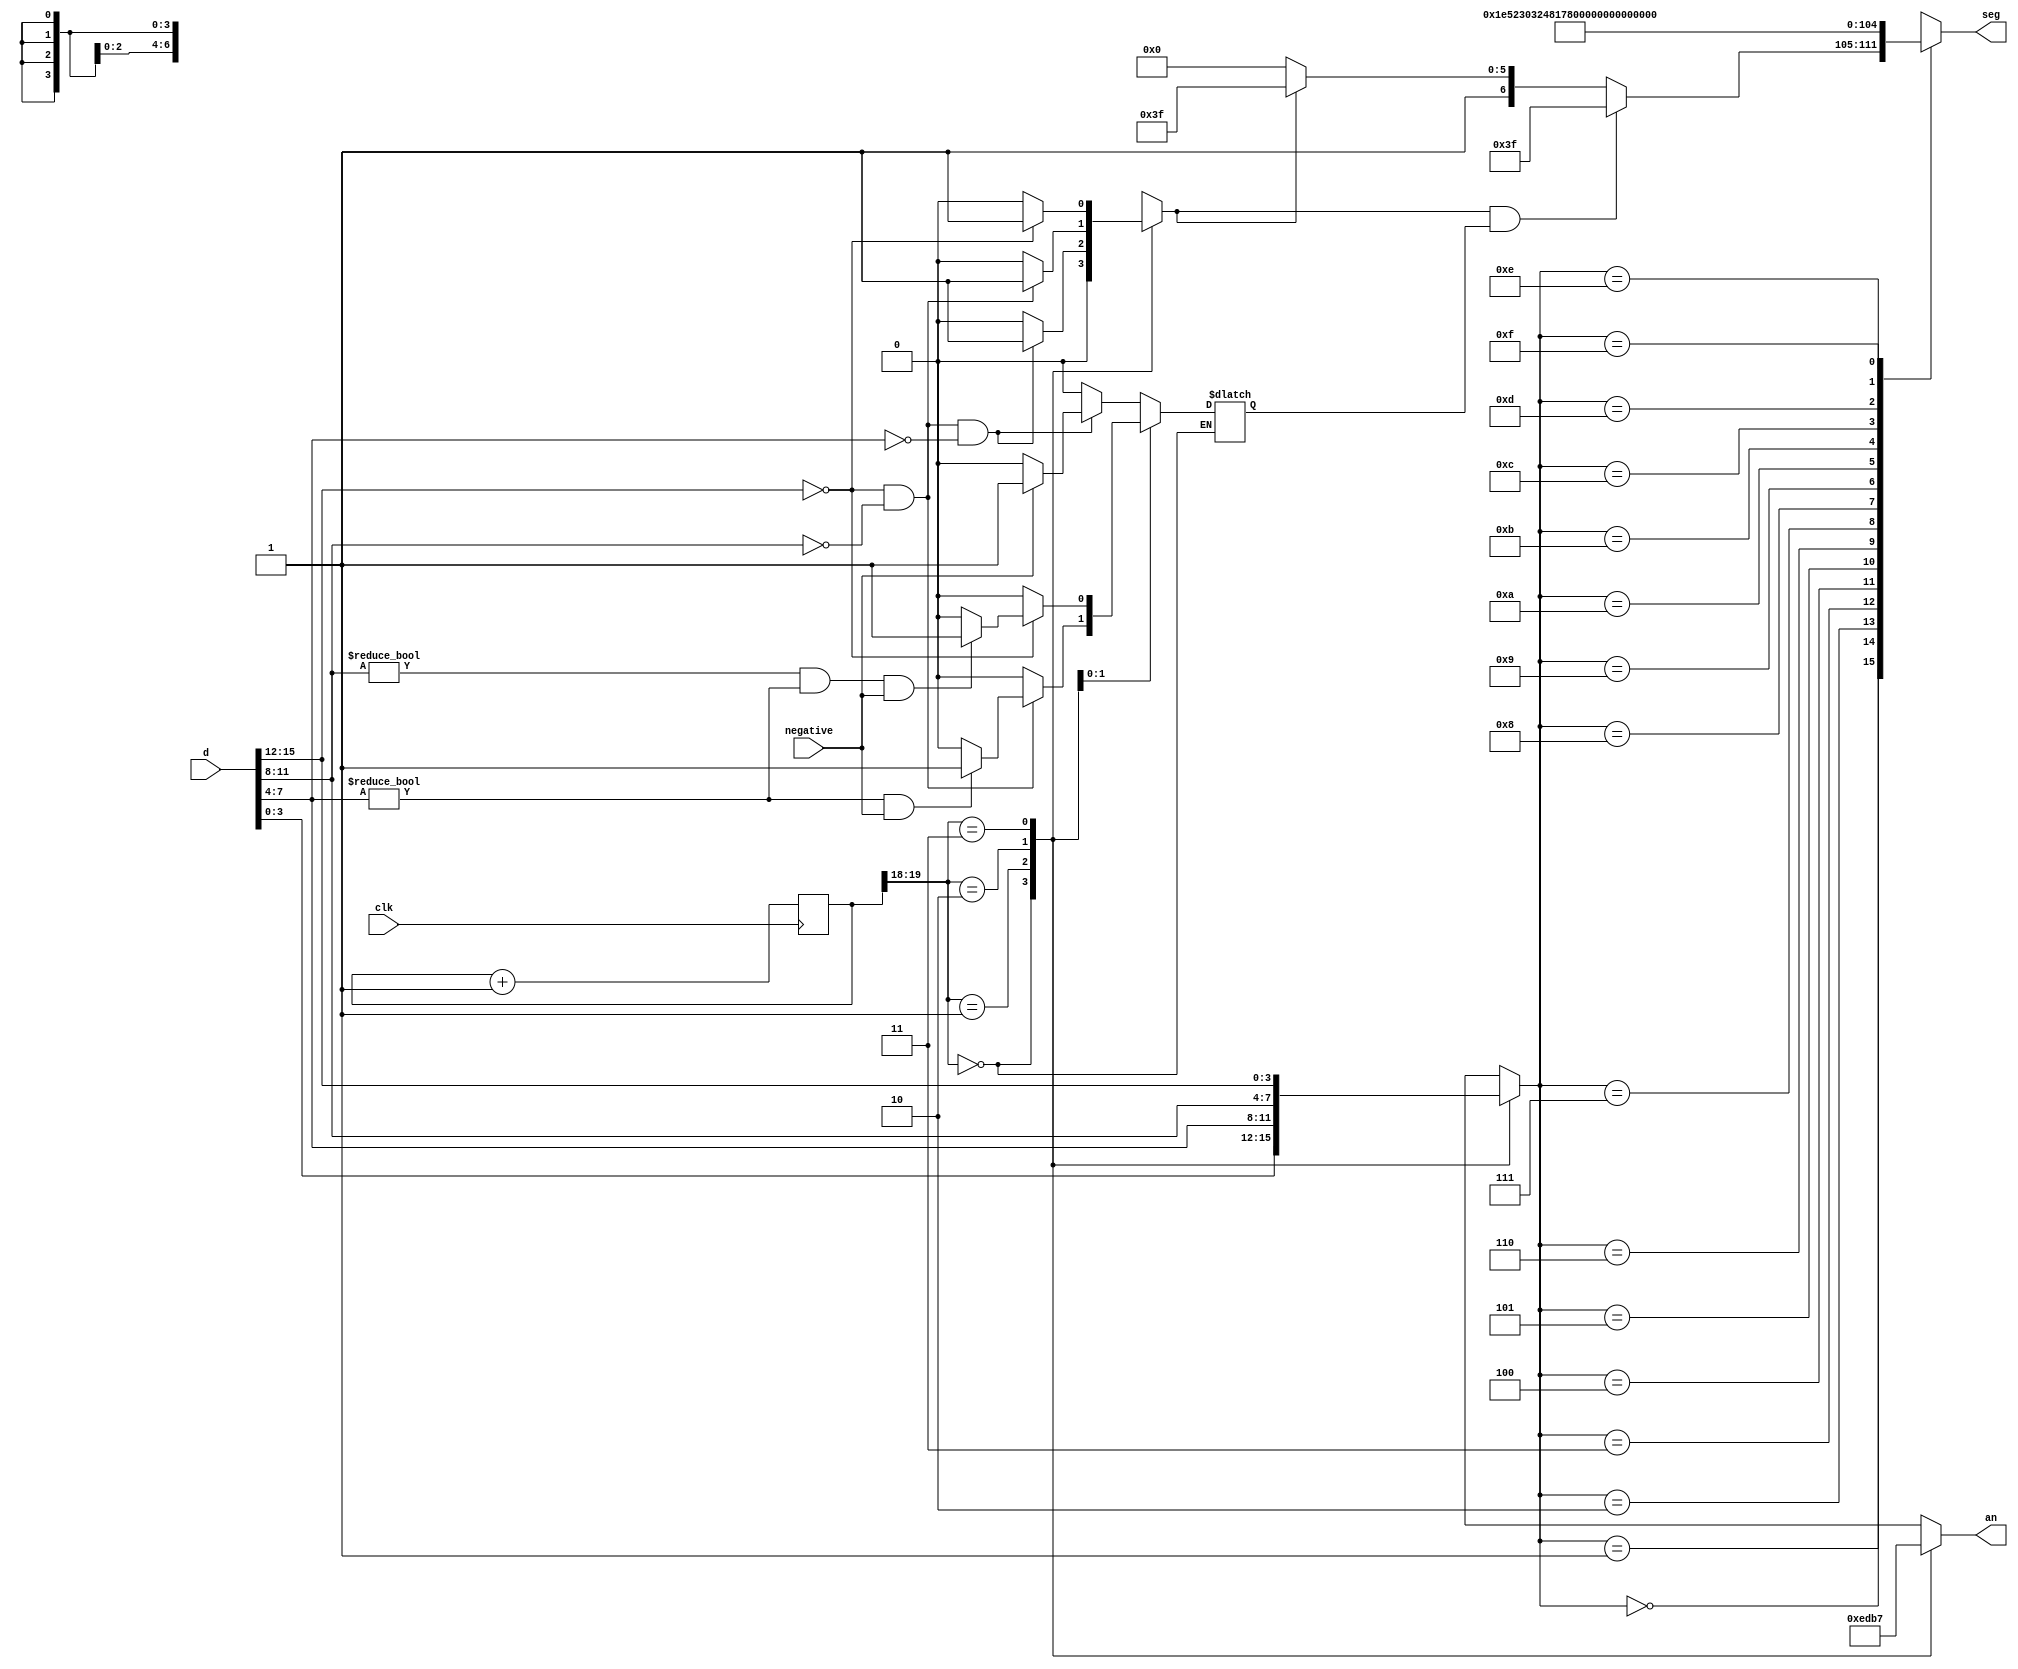
`timescale 1ns / 1ps
//////////////////////////////////////////////////////////////////////////////////
// Company: 
// Engineer: 
// 
// Design Name: 
// Module Name: top_module
// Project Name: 
// Target Devices: 
// Tool Versions: 
// Description: 
// 
// Dependencies: 
// 
// Revision:
// Revision 0.01 - File Created
// Additional Comments:
// 
//////////////////////////////////////////////////////////////////////////////////


// Modified from Lab 1000
module seven_seg(
    input clk,
    input [15:0] d,
    input negative,
    // input dp_in,
    // output dp_out,
    output reg [3:0] an,
    output reg [6:0] seg);
    
    reg [19:0] counter = 0;
    reg [3:0]  dig;
    reg empty_zero;
    reg show_neg;
    
    // Clock divider
    always @ (posedge clk) begin
        counter = counter + 1;
    end
    
    // Choose which "an" to assert
    always @ (*) begin
        case (counter[19:18])
            2'b00: begin
                an = 4'b1110;
                dig = d[3:0];
                empty_zero = 0;
            end

            2'b01: begin
                an = 4'b1101;
                dig = d[7:4];

                if (d[15:12] == 4'b0000 &&
                    d[11:8]  == 4'b0000 &&
                    dig      == 4'b0000) begin

                    empty_zero = 1;

                    if (negative) begin
                        show_neg = 1;
                    end
                    else begin
                        show_neg = 0;
                    end
                end
                else begin
                    empty_zero = 0;
                    show_neg   = 0;
                end
            end

            2'b10: begin
                an = 4'b1011;
                dig = d[11:8];

                if (d[15:12] == 4'b0000 &&
                    dig      == 4'b0000) begin

                    empty_zero = 1;

                    if (d[7:4] != 4'b0000 &&
                        negative) begin

                        show_neg = 1;
                    end
                    else begin
                        show_neg = 0;
                    end
                end
                else begin
                    empty_zero = 0;
                    show_neg   = 0;
                end
            end

            2'b11: begin
                an = 4'b0111;
                dig = d[15:12];

                if (dig == 4'b0000) begin

                    empty_zero = 1;

                    if (d[11:8] != 4'b0000 &&
                        d[7:4]  != 4'b0000 &&
                        negative) begin

                        show_neg = 1;
                    end
                    else begin
                        show_neg = 0;
                    end
                end
                else begin
                    empty_zero = 0;
                    show_neg   = 0;
                end
            end
        endcase
    end
    
    // Choose values for seg
    always @ (*) begin
        case (dig)
            4'b0000: begin
                if (empty_zero & show_neg)
                    seg = 7'b0111111;  // -
                else if (empty_zero)
                    seg = 7'b1111111;  //' '
                else
                    seg = 7'b1000000;  // 0
            end

            4'b0001: seg = 7'b1111001; // 1
            4'b0010: seg = 7'b0100100; // 2
            4'b0011: seg = 7'b0110000; // 3
            4'b0100: seg = 7'b0011001; // 4
            4'b0101: seg = 7'b0010010; // 5
            4'b0110: seg = 7'b0000010; // 6
            4'b0111: seg = 7'b1111000; // 7
            4'b1000: seg = 7'b0000000; // 8
            4'b1001: seg = 7'b0010000; // 9
            4'b1010: seg = 7'b0001000; // A
            4'b1011: seg = 7'b0000011; // B
            4'b1100: seg = 7'b1000110; // C
            4'b1101: seg = 7'b0100001; // D
            4'b1110: seg = 7'b0000110; // E
            4'b1111: seg = 7'b0001110; // F
            
            // Default turn off
            default: seg = 7'b1111111; //' '
        endcase
    end
    
    // assign dp_out = dp_in;
    
endmodule